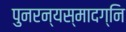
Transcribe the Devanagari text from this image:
पुनरन्यस्मादग्नि